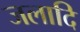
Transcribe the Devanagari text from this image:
जलादि